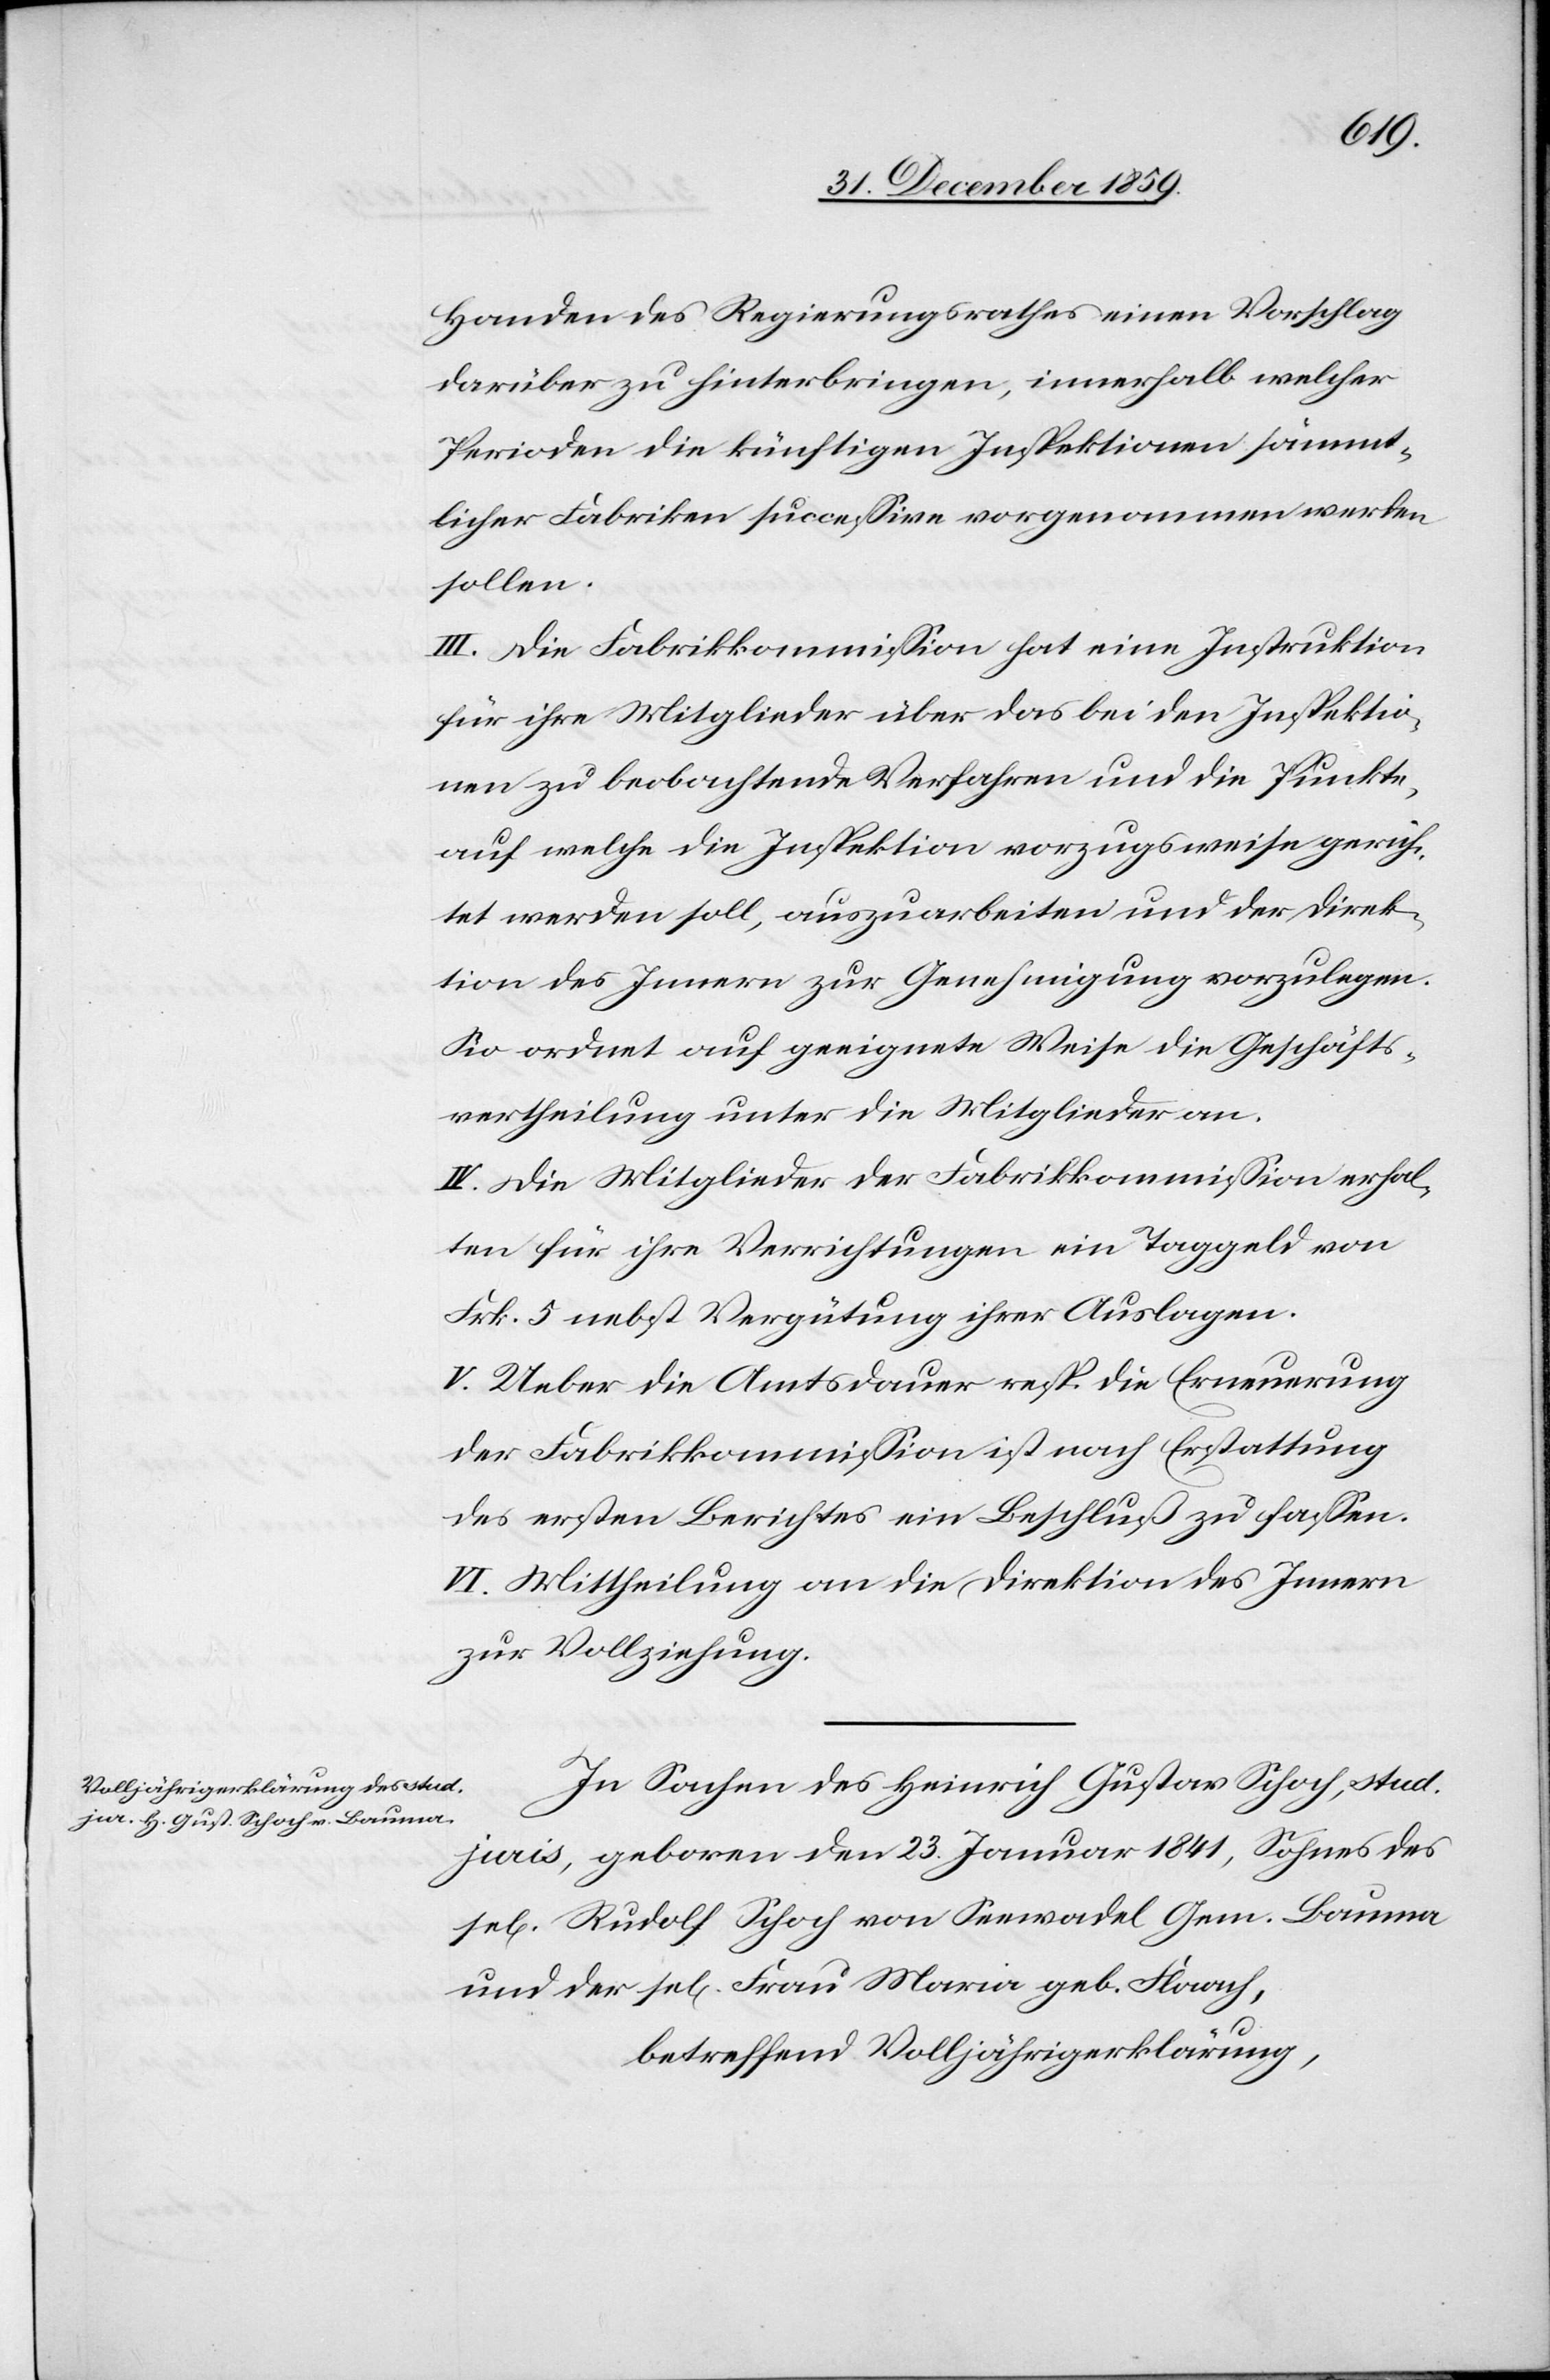
Handen des Regierungsrathes einen Vorschlag
darüber zu hinterbringen, innerhalb welcher
Perioden die künftigen Inspektionen sämmt¬
licher Fabriken successive vorgenommen werden
sollen.
III. Die Fabrikkommission hat eine Instruktion
für ihre Mitglieder über das bei den Inspektio¬
nen zu beobachtende Verfahren und die Punkte,
auf welche die Inspektion vorzugsweise gerich¬
tet werden soll, auszuarbeiten und der Direk¬
tion des Innern zur Genehmigung vorzulegen.
ordnet auf geeignete Weise die Geschäfts¬
vertheilung unter die Mitglieder an.
IV. Die Mitglieder der Fabrikkommission erhal¬
ten für ihre Verrichtungen ein Taggeld von
Frk. 5 nebst Vergütung ihrer Auslagen.
V. Ueber die Amtsdauer resp. die Erneuerung
der Fabrikkommission ist nach Erstattung
des ersten Berichtes ein Beschluß zu fassen.
VI. Mittheilung an die Direktion des Innern
zur Vollziehung.
In Sachen des Heinrich Gustav Schoch, stud.
juris, geboren den 23. Januar 1841, Sohnes des
sel[igen] Rudolf Schoch von Seewadel Gem. Bauma
und der sel[igen] Frau Maria geb. Flaach,
betreffend Volljährigerklärung,